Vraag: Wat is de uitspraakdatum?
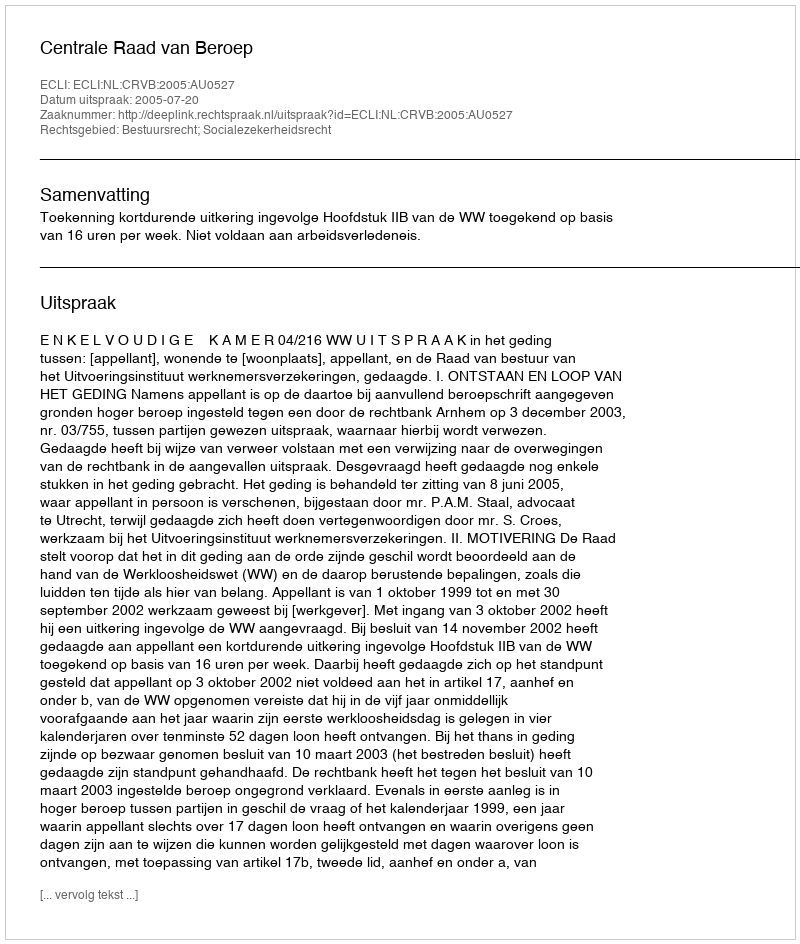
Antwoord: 2005-07-20